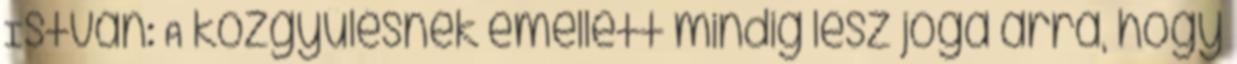
István: A közgyűlésnek emellett mindig lesz joga arra, hogy